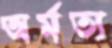
অর্মত্য